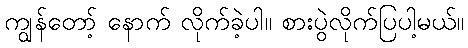
ကျွန်တော့် နောက် လိုက်ခဲ့ပါ။ စားပွဲလိုက်ပြပါ့မယ်။